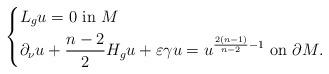
LaTeX: \begin{align*}\left\{\begin{aligned}&L_{g}u=0\ \hbox{in }M\\&{\partial_\nu}u+\frac{n-2}{2}H_{g}u+\varepsilon \gamma u= u^{ \frac{2(n-1)}{n-2}-1} \ \hbox{on}\ \partial M.\end{aligned}\right.\end{align*}